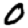
Digit: 0